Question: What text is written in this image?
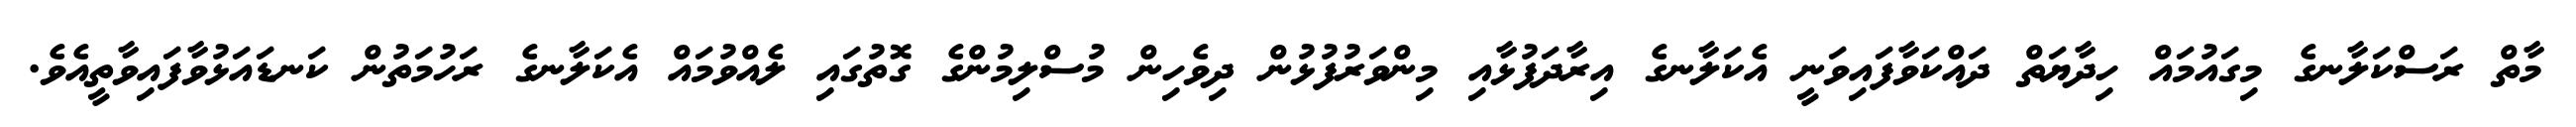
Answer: މާތް ރަސްކަލާނގެ މިގައުމައް ހިދާޔަތް ދައްކަވާފައިވަނީ އެކަލާނގެ އިރާދަފުޅާއި މިންވަރުފުޅުން ދިވެހިން މުސްލިމުންގެ ގޮތުގައި ލެއްވުމައް އެކަލާނގެ ރަހުމަތުން ކަނޑައަޅުވާފައިވާތީއެވެ.